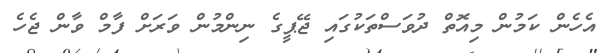
އެހެން ކަމުން މިއޮތް ދުވަސްތަކުގައި ޖޭޕީގެ ނިންމުން ވަރަށް ފާމް ވާން ޖެހެ